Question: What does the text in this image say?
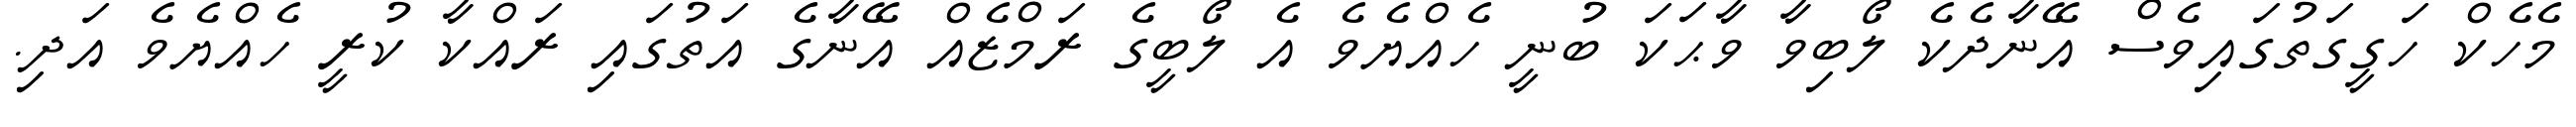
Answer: މެހެކް ހަގީގަތުގައިވެސް އޭނާދެކެ ލޯބިވާ ވާޙަކަ ބުނީ ހެއްޔެވެ އެ ލޯބީގެ ރަމްޒެއް އޭނާގެ އަތުގައި ރައްކާ ކުރީ ހެއްޔެވެ އަދި.